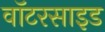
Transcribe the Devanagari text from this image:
वॉटरसाइड